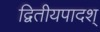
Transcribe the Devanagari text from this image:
द्वितीयपादश्